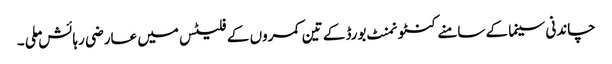
چاندنی سینما کے سامنے کنٹونمنٹ بورڈ کے تین کمروں کے فلیٹس میں عارضی رہائش ملی ۔